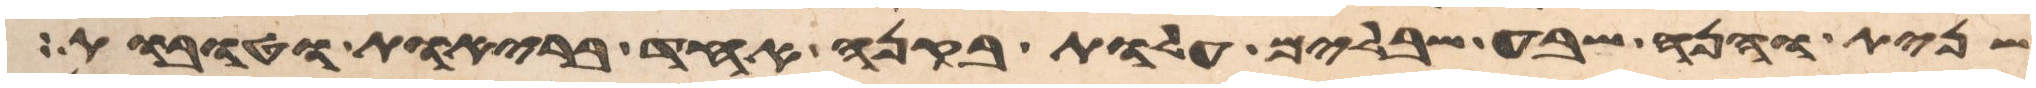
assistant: שנית והנה שבע שבלים עלות בקנה אחד בריות וטובות